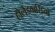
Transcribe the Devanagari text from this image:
होलैंडवासियो